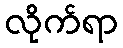
လိုက်ရာ